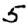
Digit: 5